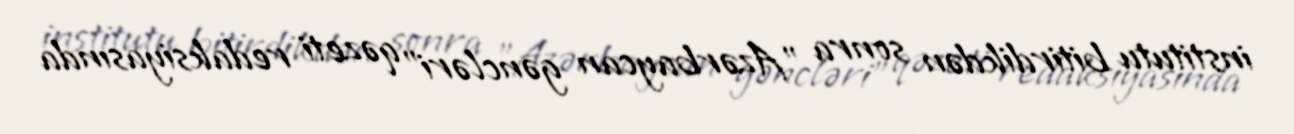
institutu bitirdikdən sonra "Azərbaycan gəncləri" qəzeti redaksiyasında